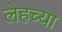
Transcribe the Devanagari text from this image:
लेहच्या